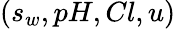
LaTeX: (s_{w},pH,Cl,u)